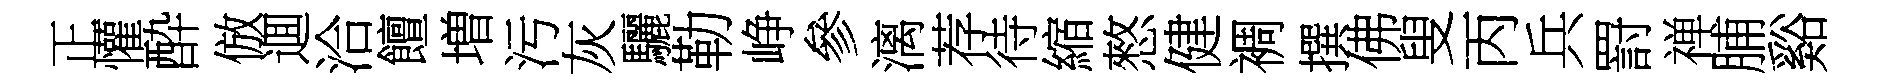
正懽酔倣逥洽饘増污灰驪勒峥參漓荐待縮憗健裯撰佛叟丙兵罸禅脯谿